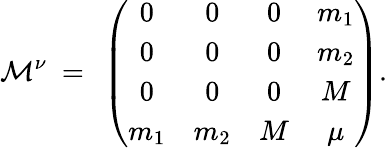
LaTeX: {\cal M}^{\nu}\ =\ \left(\begin{array}{cccc}{{0}}&{{0}}&{{0}}&{{m_{1}}}\\ {{0}}&{{0}}&{{0}}&{{m_{2}}}\\ {{0}}&{{0}}&{{0}}&{{M}}\\ {{m_{1}}}&{{m_{2}}}&{{M}}&{{\mu}}\end{array}\right).